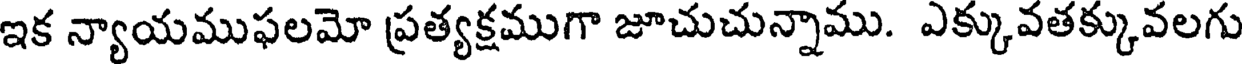
ఇక న్యాయముఫలమో ప్రత్యక్షముగా జూచుచున్నాము. ఎక్కువతక్కువలగు